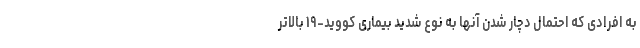
به افرادی که احتمال دچار شدن آنها به نوع شدید بیماری کووید-۱۹ بالاتر